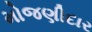
મોજણીદાર